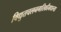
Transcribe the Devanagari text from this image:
विद्युतचलनगतिकीमधल्या